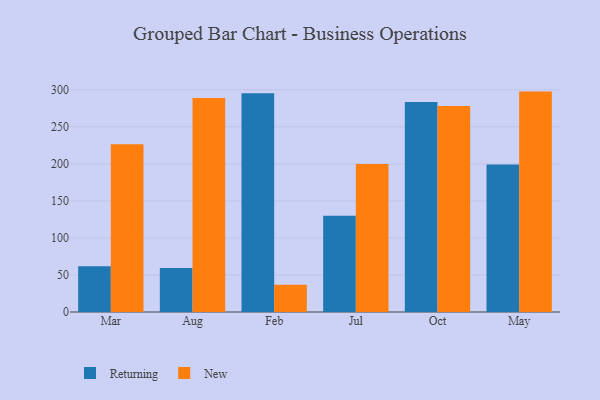
{"axis": {"x": "Month", "y": "Backlog"}, "legend": ["New", "Returning"], "data": [{"x": "Mar", "y": 61.8, "type": "Returning"}, {"x": "Mar", "y": 226.4, "type": "New"}, {"x": "Aug", "y": 59.4, "type": "Returning"}, {"x": "Aug", "y": 288.9, "type": "New"}, {"x": "Feb", "y": 295.4, "type": "Returning"}, {"x": "Feb", "y": 36.7, "type": "New"}, {"x": "Jul", "y": 129.9, "type": "Returning"}, {"x": "Jul", "y": 199.7, "type": "New"}, {"x": "Oct", "y": 283.4, "type": "Returning"}, {"x": "Oct", "y": 278.0, "type": "New"}, {"x": "May", "y": 199.3, "type": "Returning"}, {"x": "May", "y": 297.6, "type": "New"}]}